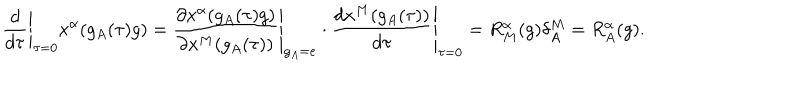
\left. \frac { d } { d \tau } \right| _ { \tau = 0 } x ^ { \alpha } ( g _ { A } ( \tau ) g ) = \left. \frac { \partial x ^ { \alpha } ( g _ { A } ( \tau ) g ) } { \partial x ^ { M } ( g _ { A } ( \tau ) ) } \right| _ { g _ { A } = e } \cdot \left. \frac { d x ^ { M } ( g _ { A } ( \tau ) ) } { d \tau } \right| _ { \tau = 0 } = R _ { M } ^ { \alpha } ( g ) \delta _ { A } ^ { M } = R _ { A } ^ { \alpha } ( g ) .